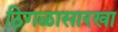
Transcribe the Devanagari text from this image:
ठिगळासारखा